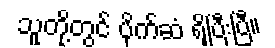
သူတို့တွင် ပိုက်ဆံ ရှိပြီးပြီ။